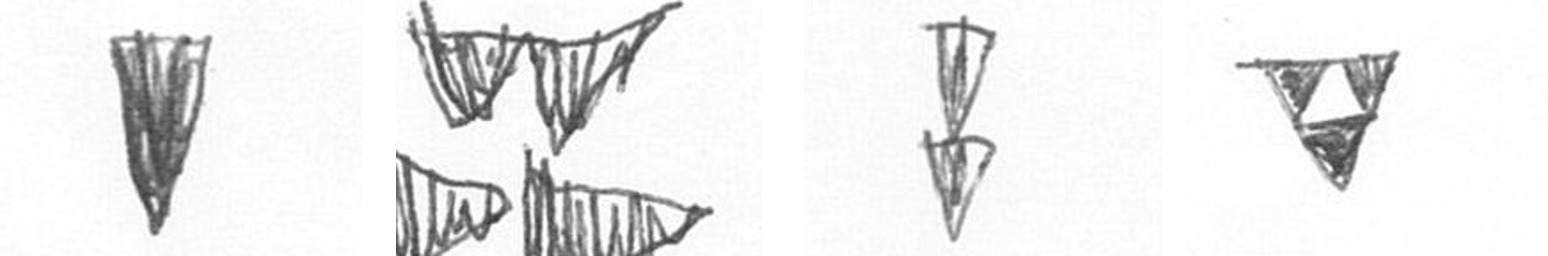
J B Z S